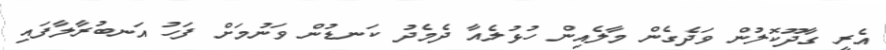
އެރީ ގާދޫކޮލުން ވަދެގެން މާލެއިން ހުޅުލެއާ ދެމެދު ކަނޑުން ވަނުމަށް ފަހު އަނބުރާލާފައި